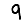
Digit: 9